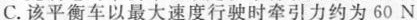
C. 该平衡车以最大速度行驶时牵引力约为60 N